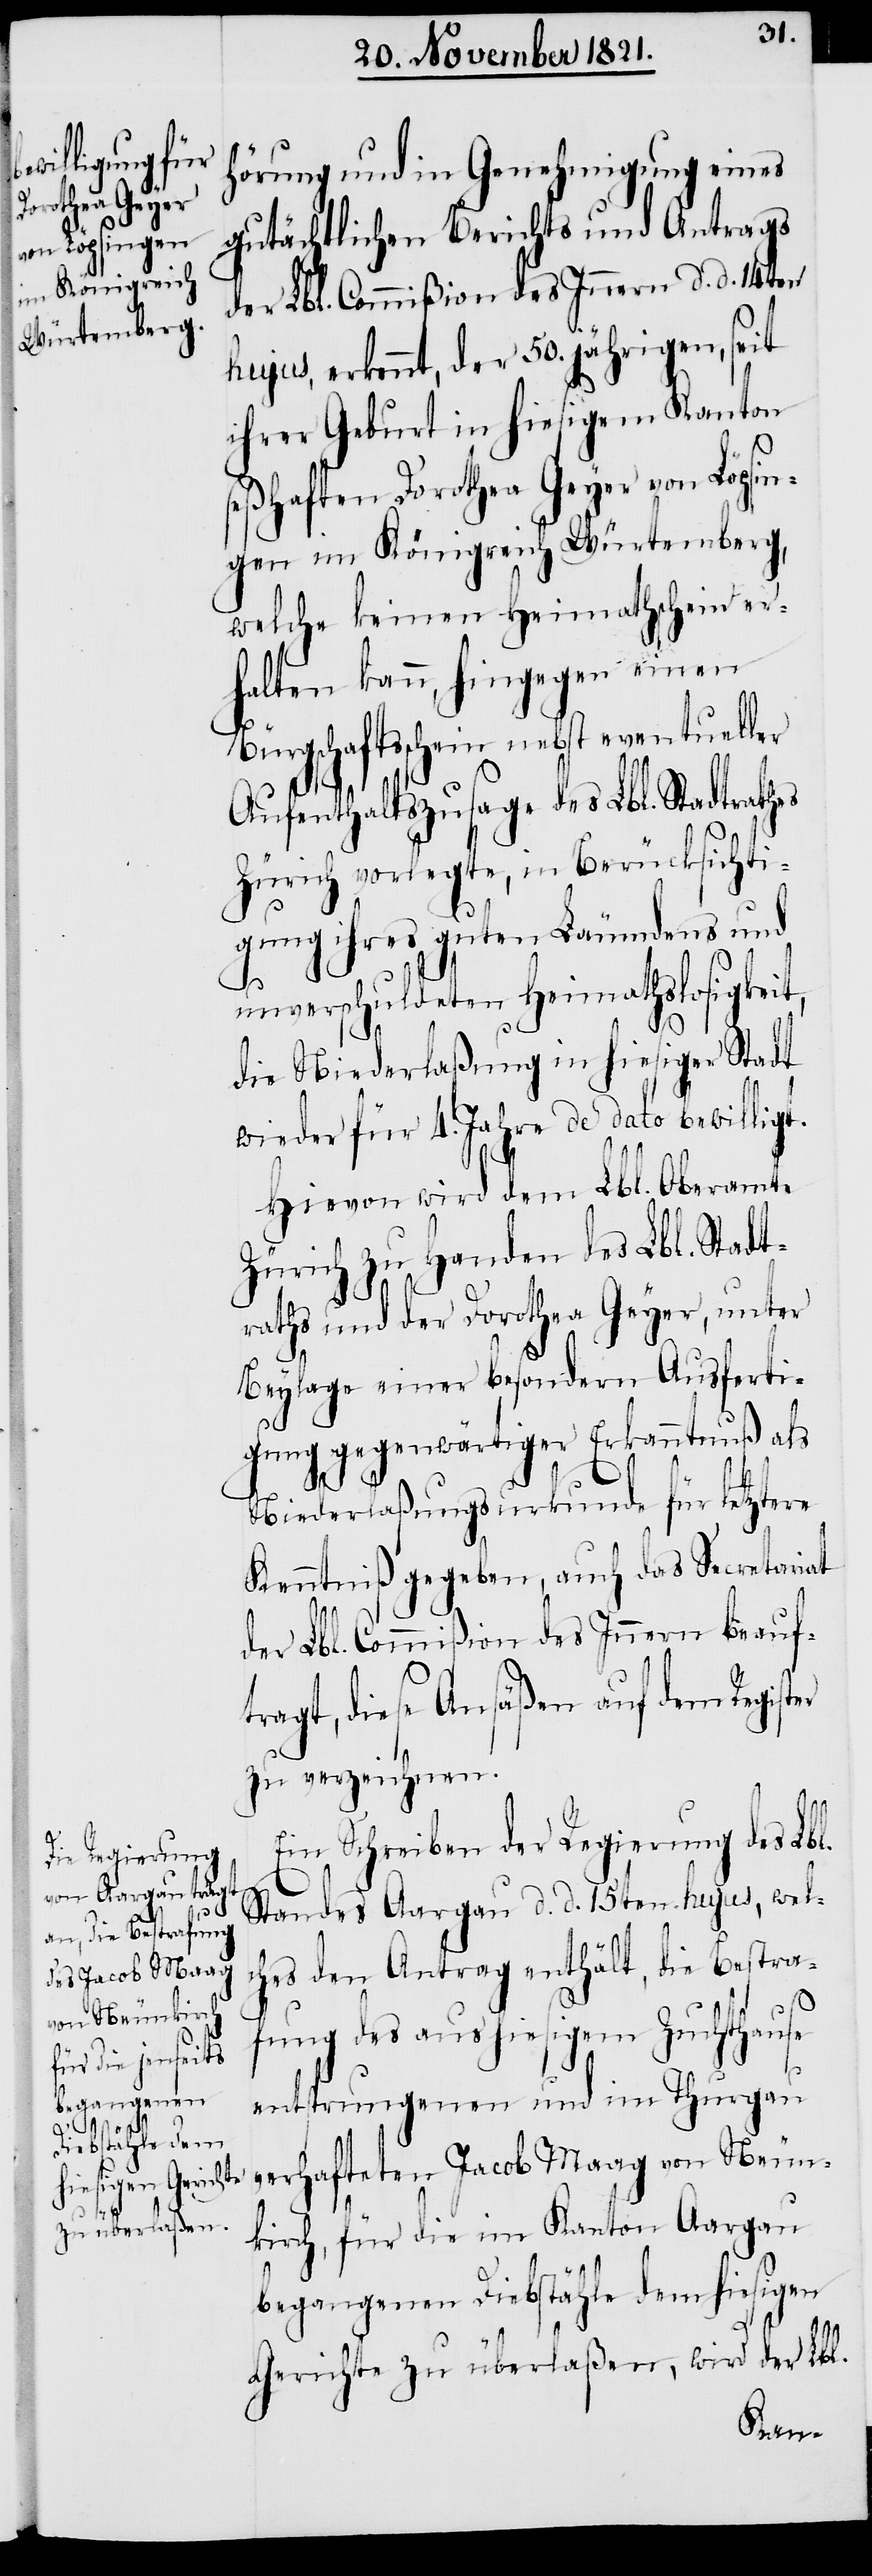
er

hörung und in Genehmigung eines
gutächtlichen Berichts und Antrags
der Lbl. Commißion des Innern d. d. 14ten
hujus, erkennt, der 50. jährigen, seit
ihrer Geburt in hiesigem Kanton
seßhaften Dorothea Geyer von Löpsin¬
gen im Königreich Würtemberg,
welche keinen Heymathschein er¬
halten kann, hingegen einen
Bürgschaftsschein nebst eventueller
Aufenthaltszusage des Lbl. Stadtrath¬
Zürich vorlegte, in Berücksichti¬
gung ihres guten Läumdens und
unverschuldeten Heimathslosigkeit,
die Niederlaßung in hiesiger Stadt
wieder für 4. Jahre de dato bewilligt.
Hievon wird dem Lbl. Oberamte
Zürich zu Handen des Lbl. Stadt¬
raths und der Dorothea Geyer, unter
Beylage einer besondern Ausferti¬
gung gegenwärtiger Erkanntnuß als
Niederlaßungsurkunde für letztere
Kenntniß gegeben, auch das Secretariat
der Lbl. Commißion des Innern beauf¬
tragt, diese Ansäßen auf dem Regist¬
zu verzeichnen.
Ein Schreiben der Regierung des Lbl.
Standes Aargau d. d. 15ten hujus, wel¬
ches den Antrag enthält, die Bestra¬
fung des aus hiesigem Zuchthause
entsprungenen und im Thurgau
verhafteten Jacob Maag von Neun¬
kirch, für die im Kanton Aargau
begangenen Diebstähle dem hiesigen
Gerichte zu überlaßen, wird der Lbl.